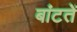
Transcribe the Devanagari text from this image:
बांटतें